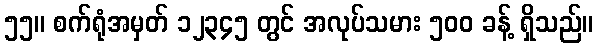
၅၅။ စက်ရုံအမှတ် ၁၂၃၄၅ တွင် အလုပ်သမား ၅၀၀ ခန့် ရှိသည်။